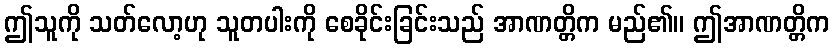
ဤသူကို သတ်လော့ဟု သူတပါးကို စေခိုင်းခြင်းသည် အာဏတ္တိက မည်၏။ ဤအာဏတ္တိက